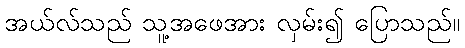
အယ်လ်သည် သူ့အဖေအား လှမ်း၍ ပြောသည်။